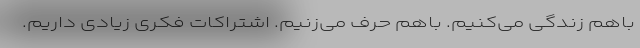
باهم زندگی می‌کنیم. باهم حرف می‌زنیم. اشتراکات فکری زیادی داریم.